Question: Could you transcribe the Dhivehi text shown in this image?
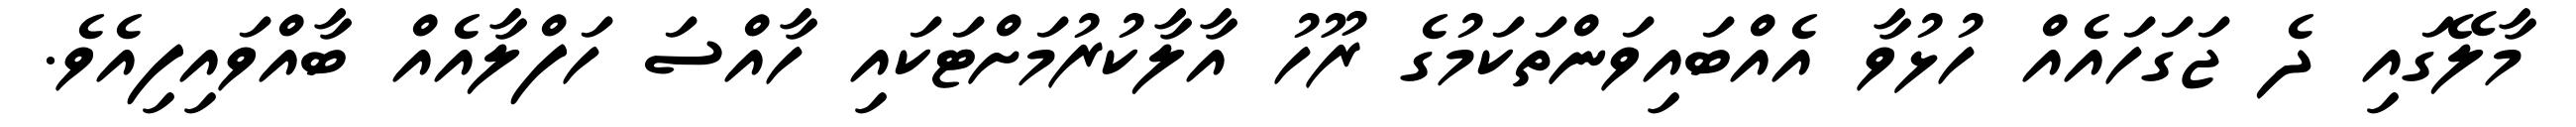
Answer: މާލޭގައި ދެ ޖަގަހައެއް ހުޅުވާ އެއްބައިވަންތަކަމުގެ ރޫހު އާލާކުރުމަށްޓަކައި ހާއްސަ ހަފްލާއެއް ބާއްވައިފިއެވެ.